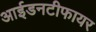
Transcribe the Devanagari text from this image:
आईडनटीफायर